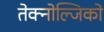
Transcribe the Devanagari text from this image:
तेक्नोल्जिको